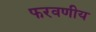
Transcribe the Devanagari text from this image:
फरवणीय